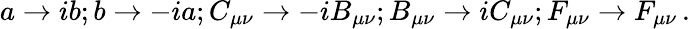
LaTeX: a\rightarrow ib;b\rightarrow-ia;C_{\mu\nu}\rightarrow-iB_{\mu\nu};B_{\mu\nu}\rightarrow iC_{\mu\nu};F_{\mu\nu}\rightarrow F_{\mu\nu}\, .